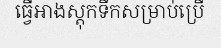
ធ្វើអាងស្តុកទឹកសម្រាប់ប្រើ